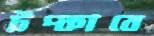
টপ্‌কাবে